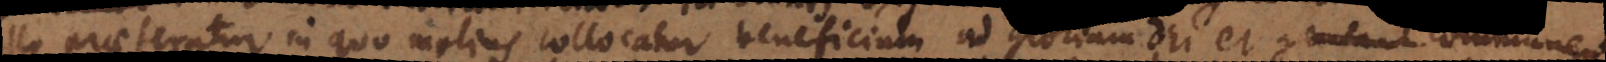
praeferatur in quo melius collocatur beneficium ad gloriam Dei et general commune